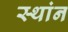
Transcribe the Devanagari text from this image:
स्थांन